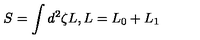
S = \int d ^ { 2 } \zeta L , L = L _ { 0 } + L _ { 1 }